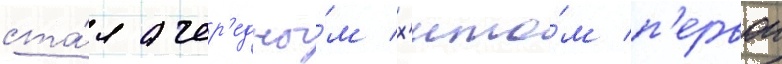
ста́л очер'едны́м х'ито́м п'ервои